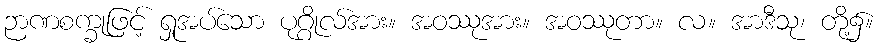
ဉာဏစက္ခုဖြင့် ရှုအပ်သော ပုဂ္ဂိုလ်အား။ အဝဿုအား။ အဝဿုတာ။ လ။ အာဒီသု၊ တို့၌။